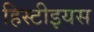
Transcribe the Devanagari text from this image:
हिस्टीइयस